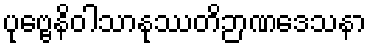
ပုဗ္ဗေနိဝါသာနုဿတိဉာဏဒေသနာ